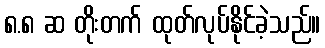
၈.၈ ဆ တိုးတက် ထုတ်လုပ်နိုင်ခဲ့သည်။